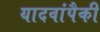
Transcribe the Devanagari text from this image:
यादवांपैकी